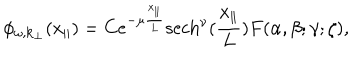
\phi _ { \omega , { \bf k } _ { \perp } } ( x _ { \parallel } ) = C e ^ { - \mu \frac { x _ { \parallel } } { L } } \mathrm { s e c h } ^ { \nu } ( \frac { x _ { \parallel } } { L } ) F ( \alpha , \beta ; \gamma ; \zeta ) ,